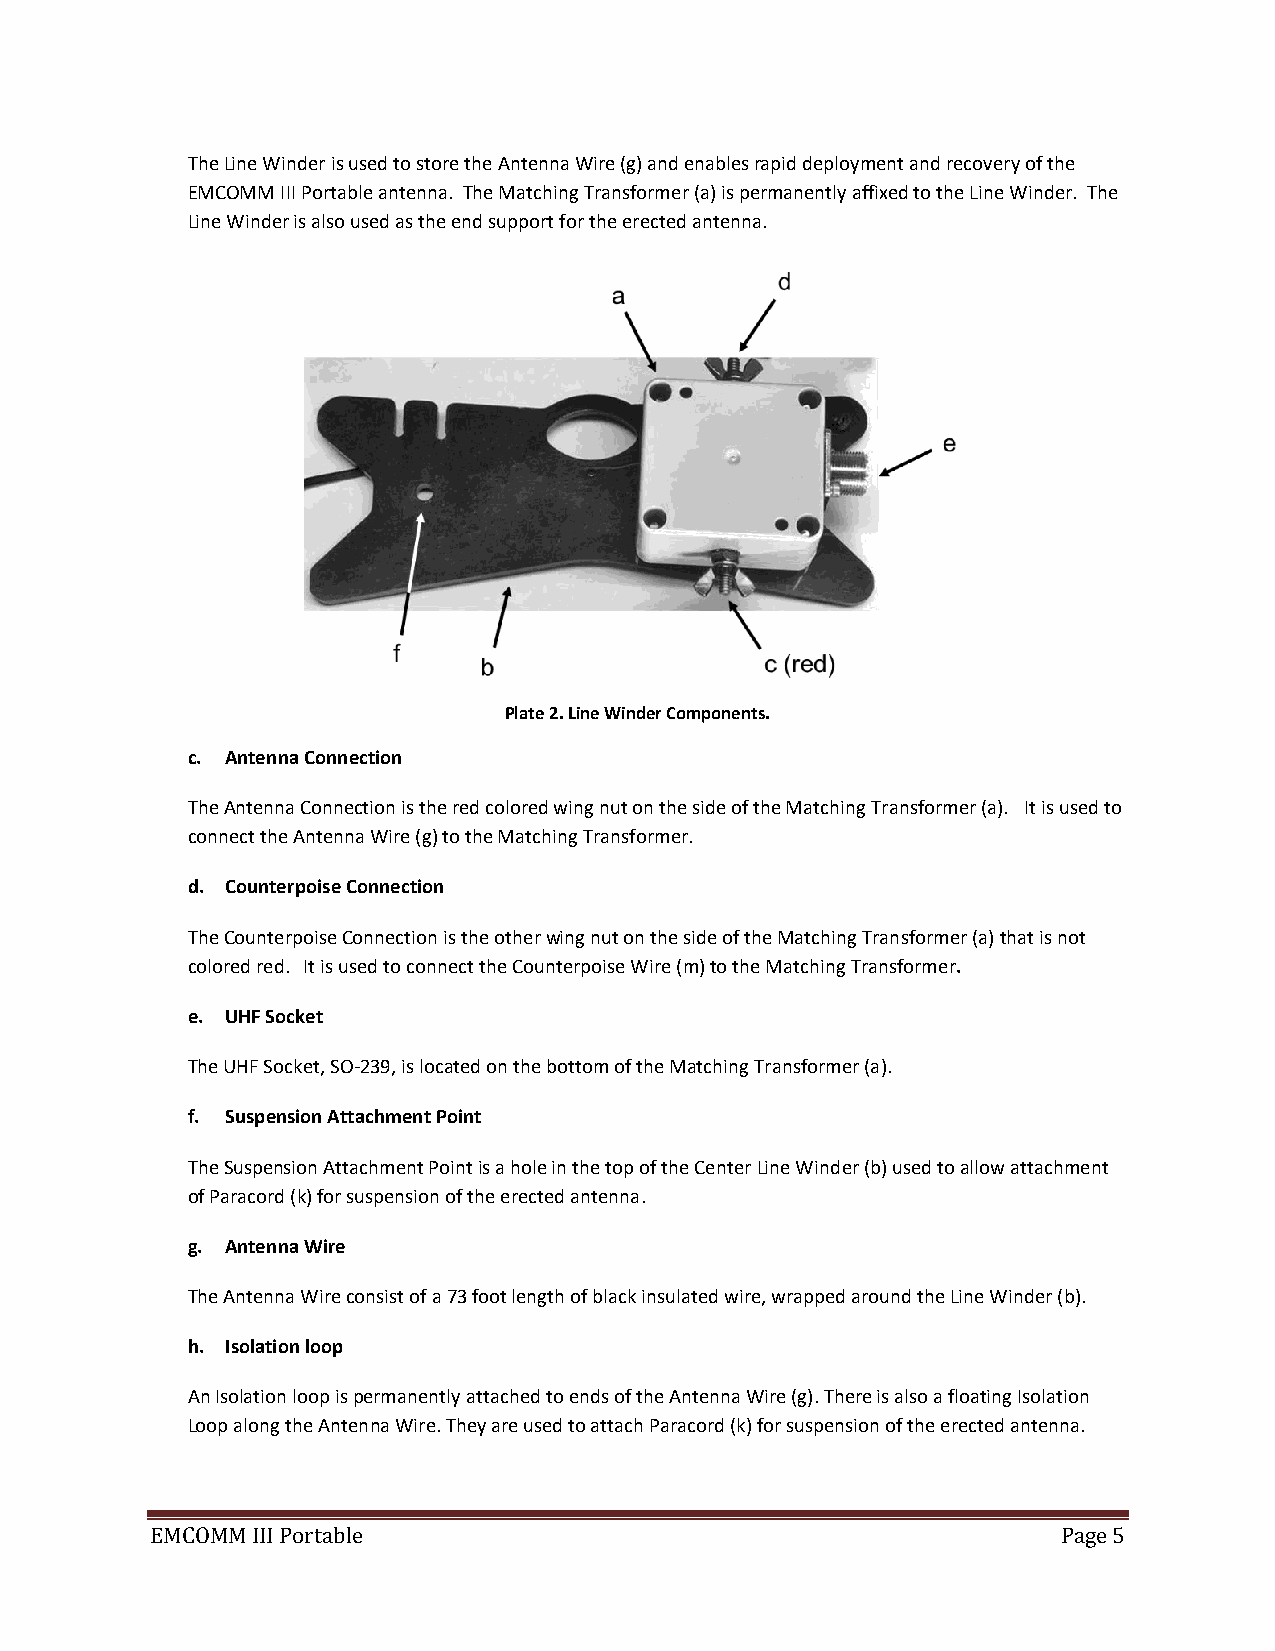
The Line Winder is used to store the Antenna Wire (g) and enables rapid deployment and recovery of the
 EMCOMM III Portable antenna. The Matching Transformer (a) is permanently affixed to the Line Winder. The
 Line Winder is also used as the end support for the erected antenna.
 Plate 2. Line Winder Components.
 c. Antenna Connection
 The Antenna Connection is the red colored wing nut on the side of the Matching Transformer (a). It is used to
 connect the Antenna Wire (g) to the Matching Transformer.
 d. Counterpoise Connection
 The Counterpoise Connection is the other wing nut on the side of the Matching Transformer (a) that is not
 colored red. It is used to connect the Counterpoise Wire (m) to the Matching Transformer.
 e. UHF Socket
 The UHF Socket, SO-239, is located on the bottom of the Matching Transformer (a).
 f. Suspension Attachment Point
 The Suspension Attachment Point is a hole in the top of the Center Line Winder (b) used to allow attachment
 of Paracord (k) for suspension of the erected antenna.
 g. Antenna Wire
 The Antenna Wire consist of a 73 foot length of black insulated wire, wrapped around the Line Winder (b).
 h. Isolation loop
 An Isolation loop is permanently attached to ends of the Antenna Wire (g). There is also a floating Isolation
 Loop along the Antenna Wire. They are used to attach Paracord (k) for suspension of the erected antenna.
 EMCOMM III Portable                                         Page 5